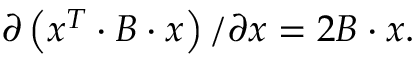
\partial \left( x ^ { T } \cdot B \cdot x \right) / \partial x = 2 B \cdot x .